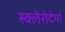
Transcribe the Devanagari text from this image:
स्क्लेरोदेर्मा